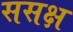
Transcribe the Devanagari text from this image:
ससक्ष